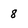
Character: 8